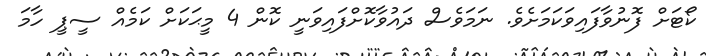
ކޯޓަށް ފޮނުވާފައިވަކަމަށެވެ. ނަމަވެސް ދައުވާކޮށްފައިވަނީ ކޮން 4 މީޙަކަށް ކަމެއް ސީޕީ ހާމަ